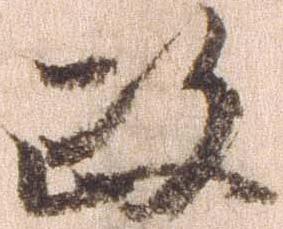
政